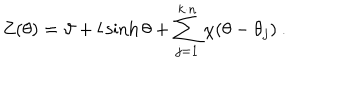
LaTeX: Z ( \theta ) = \vartheta + l \sinh \theta + \sum _ { j = 1 } ^ { k \cdot n } \chi ( \theta - \theta _ { j } ) \: .